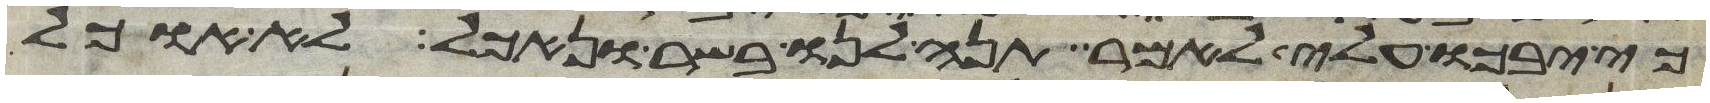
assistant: כי יבכו עלי לאמר תנה לנו בשר ונאכל לא אוכל